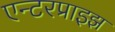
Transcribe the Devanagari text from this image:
एन्टरप्राइझ